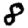
Digit: 8